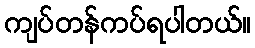
ကျပ်တန်ကပ်ရပါတယ်။